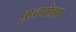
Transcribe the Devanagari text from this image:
पृष्ठपोषण